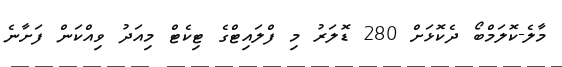
މާލެ-ކޮލަމްބޯ ދެކޮޅަށް 280 ޑޮލަރު މި ފްލައިޓްގެ ޓިކެޓް މިއަދު ވިއްކަން ފަށާނެ